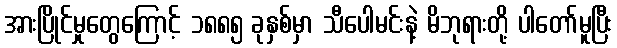
အားပြိုင်မှုတွေကြောင့် ၁၈၈၅ ခုနှစ်မှာ သီပေါမင်းနဲ့ မိဘုရားတို့ ပါတော်မူပြီး